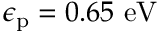
\epsilon _ { \mathrm { p } } = 0 . 6 5 \mathrm { ~ } \mathrm { e V }